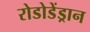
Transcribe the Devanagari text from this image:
रोडोडेंड्रान